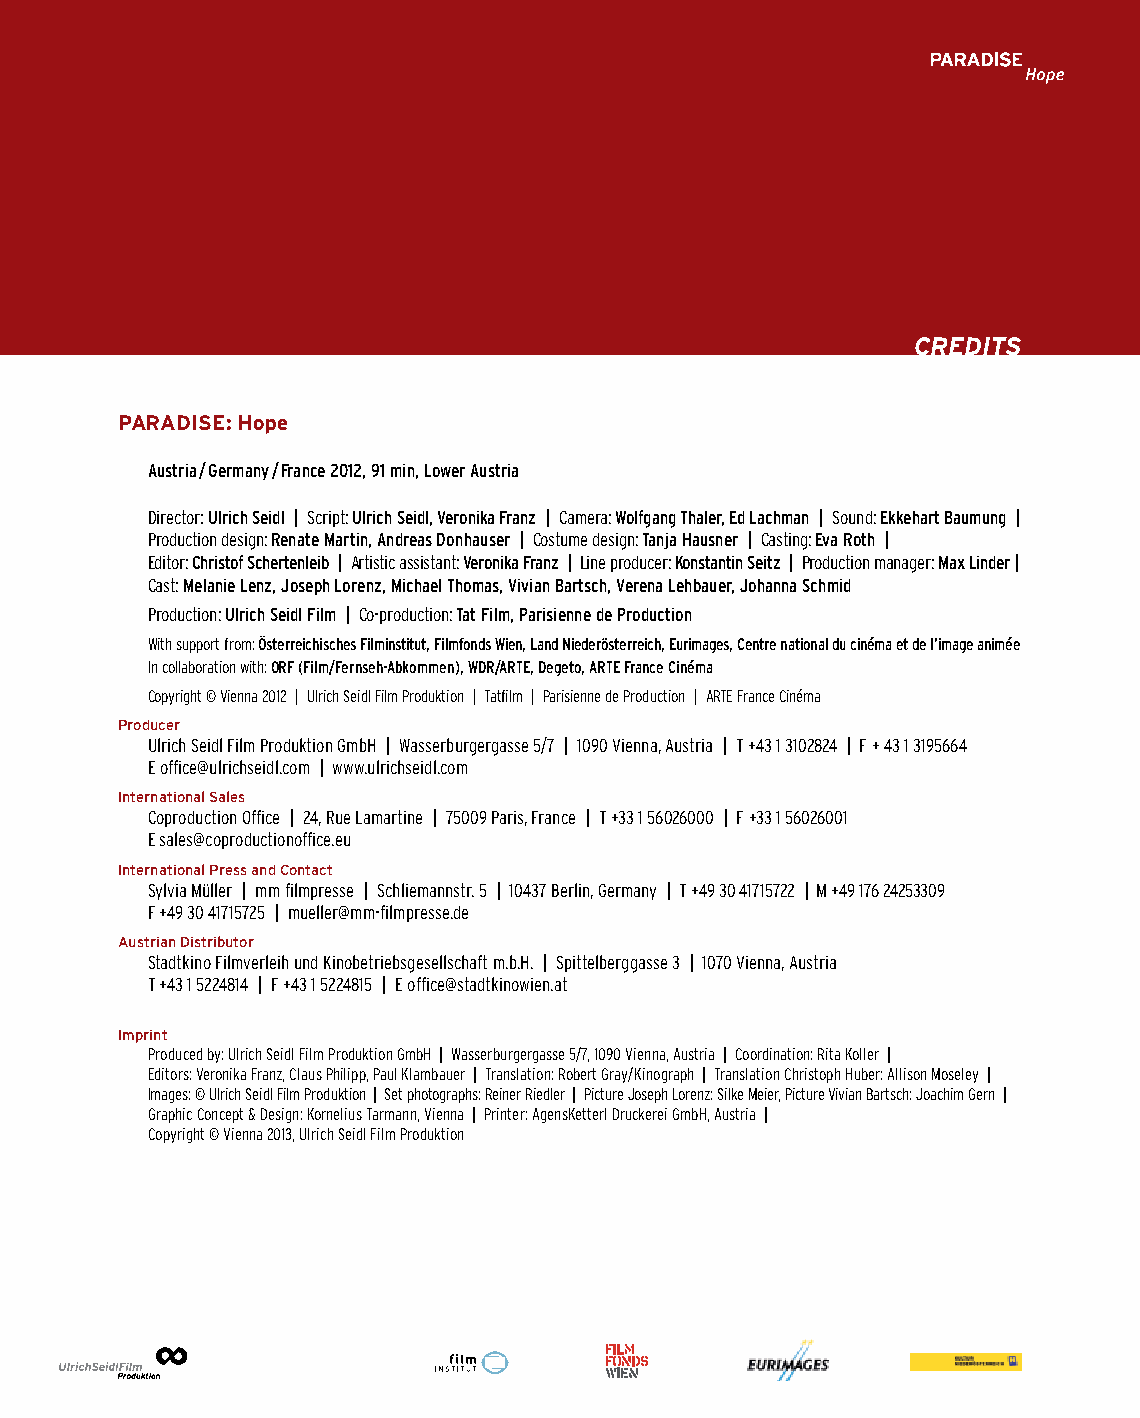
CReDItS
 PARADISE: Hope
 Austria / Germany / France 2012, 91 min, Lower Austria
 Director: Ulrich Seidl | Script: Ulrich Seidl, Veronika Franz | Camera: Wolfgang Thaler, Ed Lachman | Sound: Ekkehart Baumung |
 Production design: Renate Martin, Andreas Donhauser | Costume design: Tanja Hausner | Casting: Eva Roth |
 Editor: Christof Schertenleib | Artistic assistant: Veronika Franz | Line producer: Konstantin Seitz | Production manager: Max Linder |
 Cast: Melanie Lenz, Joseph Lorenz, Michael Thomas, Vivian Bartsch, Verena Lehbauer, Johanna Schmid
 Production: Ulrich Seidl Film | Co-production: Tat Film, Parisienne de Production
 With support from: Österreichisches Filminstitut, Filmfonds Wien, Land Niederösterreich, Eurimages, Centre national du cinéma et de l’image animée
 In collaboration with: ORF (Film/Fernseh-Abkommen), WDR/ARTE, Degeto, ARTE France Cinéma
 Copyright © Vienna 2012 | Ulrich Seidl Film Produktion | Tatfilm | Parisienne de Production | ARTE France Cinéma
 Producer
 Ulrich Seidl Film Produktion GmbH | Wasserburgergasse 5/7 | 1090 Vienna, Austria | T +43 1 3102824 | F + 43 1 3195664
 E office@ulrichseidl.com | www.ulrichseidl.com
 International Sales
 Coproduction Office | 24, Rue Lamartine | 75009 Paris, France | T +33 1 56026000 | F +33 1 56026001
 E sales@coproductionoffice.eu
 International Press and Contact
 Sylvia Müller | mm filmpresse | Schliemannstr. 5 | 10437 Berlin, Germany | T +49 30 41715722 | M +49 176 24253309
 F +49 30 41715725 | mueller@mm-filmpresse.de
 Austrian Distributor
 Stadtkino Filmverleih und Kinobetriebsgesellschaft m.b.H. | Spittelberggasse 3 | 1070 Vienna, Austria
 T +43 1 5224814 | F +43 1 5224815 | E office@stadtkinowien.at
 Imprint
 Produced by: Ulrich Seidl Film Produktion GmbH | Wasserburgergasse 5/7, 1090 Vienna, Austria | Coordination: Rita Koller |
 Editors: Veronika Franz, Claus Philipp, Paul Klambauer | Translation: Robert Gray/Kinograph | Translation Christoph Huber: Allison Moseley |
 Images: © Ulrich Seidl Film Produktion | Set photographs: Reiner Riedler | Picture Joseph Lorenz: Silke Meier, Picture Vivian Bartsch: Joachim Gern |
 Graphic Concept & Design: Kornelius Tarmann, Vienna | Printer: AgensKetterl Druckerei GmbH, Austria |
 Copyright © Vienna 2013, Ulrich Seidl Film Produktion